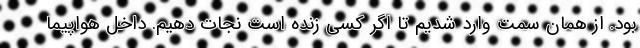
بود. از همان سمت وارد شدیم تا اگر کسی زنده است نجات دهیم. داخل هواپیما